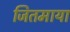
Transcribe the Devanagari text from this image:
जितमाया